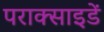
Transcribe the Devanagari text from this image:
पराक्साइडें